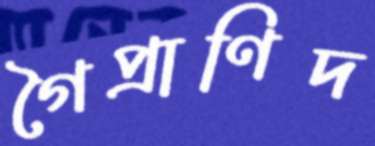
গৈপ্রাণিদ